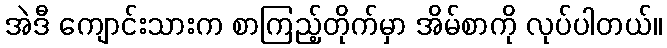
အဲဒီ ကျောင်းသားက စာကြည့်တိုက်မှာ အိမ်စာကို လုပ်ပါတယ်။